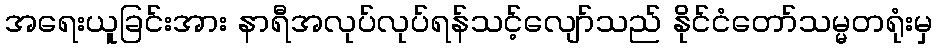
အရေးယူခြင်းအား နာရီအလုပ်လုပ်ရန်သင့်လျော်သည် နိုင်ငံတော်သမ္မတရုံးမှ